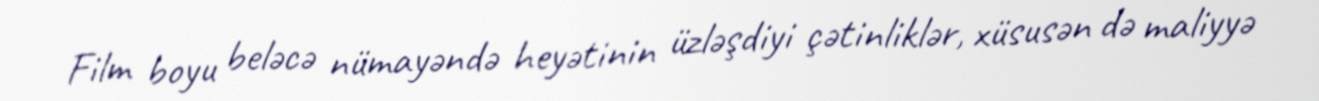
Film boyu beləcə nümayəndə heyətinin üzləşdiyi çətinliklər, xüsusən də maliyyə